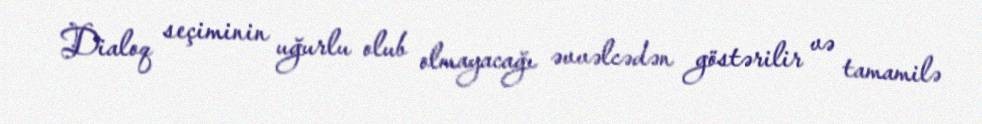
Dialoq seçiminin uğurlu olub olmayacağı əvvəlcədən göstərilir və tamamilə